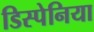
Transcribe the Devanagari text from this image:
डिस्पेनिया